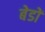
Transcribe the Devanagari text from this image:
बेडों